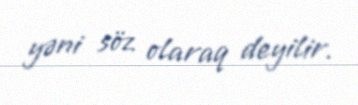
yəni söz olaraq deyilir.